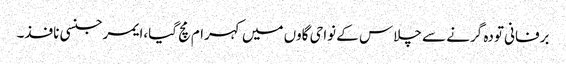
برفانی تودہ گرنے سے چلاس کے نواحی گاوں میں کہرام مچ گیا،ایمرجنسی نافذ۔